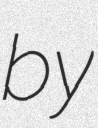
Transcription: by